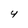
Character: Y